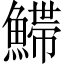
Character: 𩺌